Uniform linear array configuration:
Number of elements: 12
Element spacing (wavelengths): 0.25
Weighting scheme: hann
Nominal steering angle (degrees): -15
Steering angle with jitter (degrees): -14.573
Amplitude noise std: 0.05
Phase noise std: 0.05

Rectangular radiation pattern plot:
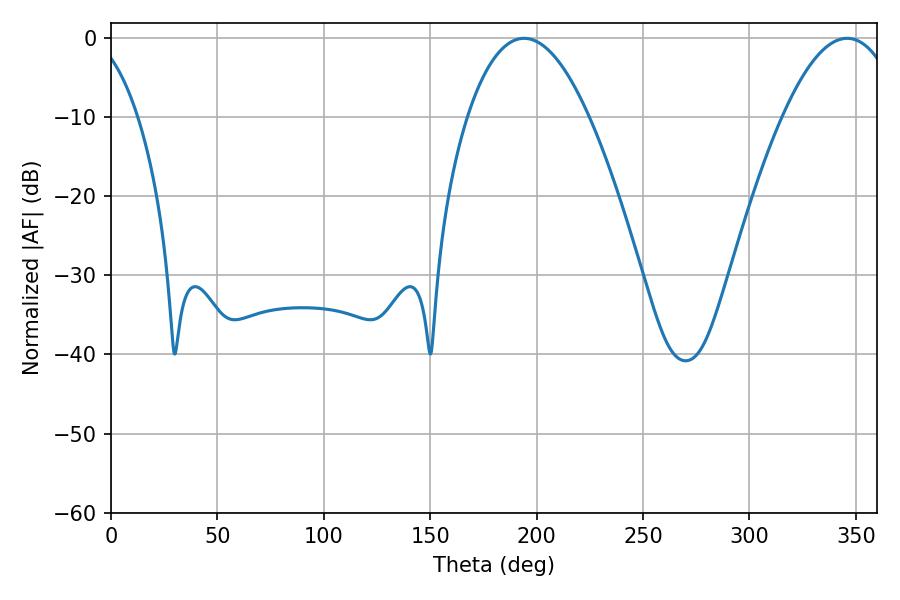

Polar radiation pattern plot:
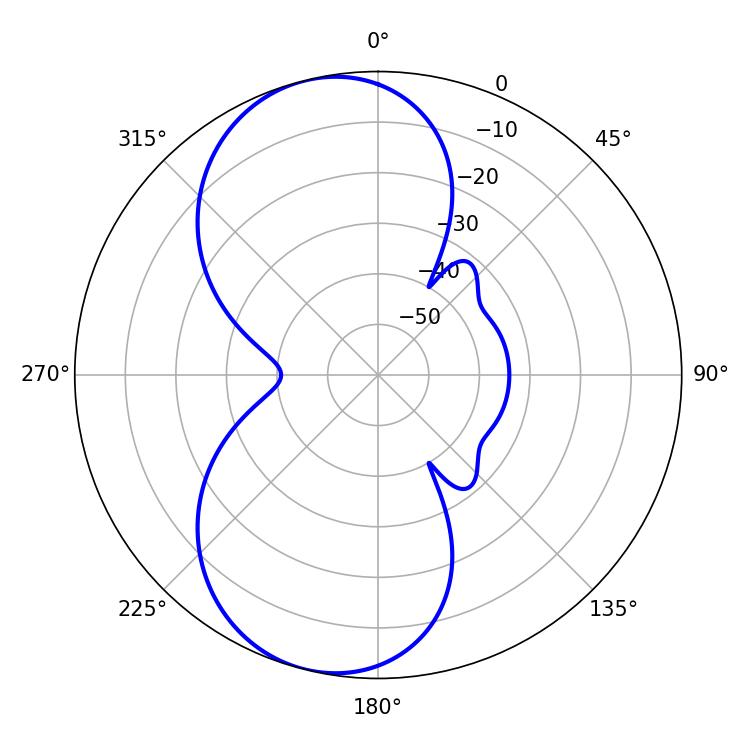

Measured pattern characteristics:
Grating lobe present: FALSE
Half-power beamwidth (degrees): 31.5
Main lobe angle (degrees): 194.04